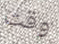
وقت